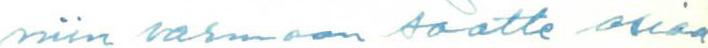
niin varmaan saatte asiaa